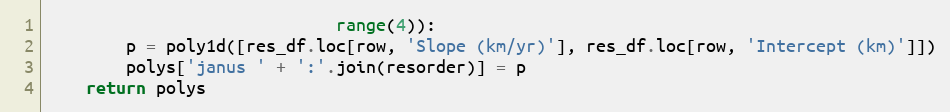
Language: Python
                             range(4)):
        p = poly1d([res_df.loc[row, 'Slope (km/yr)'], res_df.loc[row, 'Intercept (km)']])
        polys['janus ' + ':'.join(resorder)] = p
    return polys